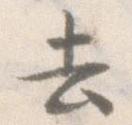
去